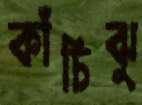
কাঁচিঝু